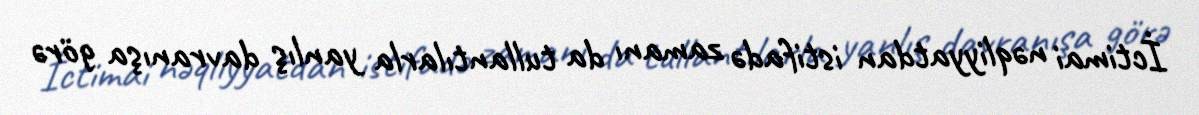
İctimai nəqliyyatdan istifadə zamanı da tullantılarla yanlış davranışa görə